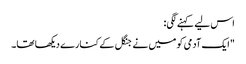
اس لیے کہنے لگی:
"ایک آدمی کو میں نے جنگل کے کنارے دیکھا تھا۔